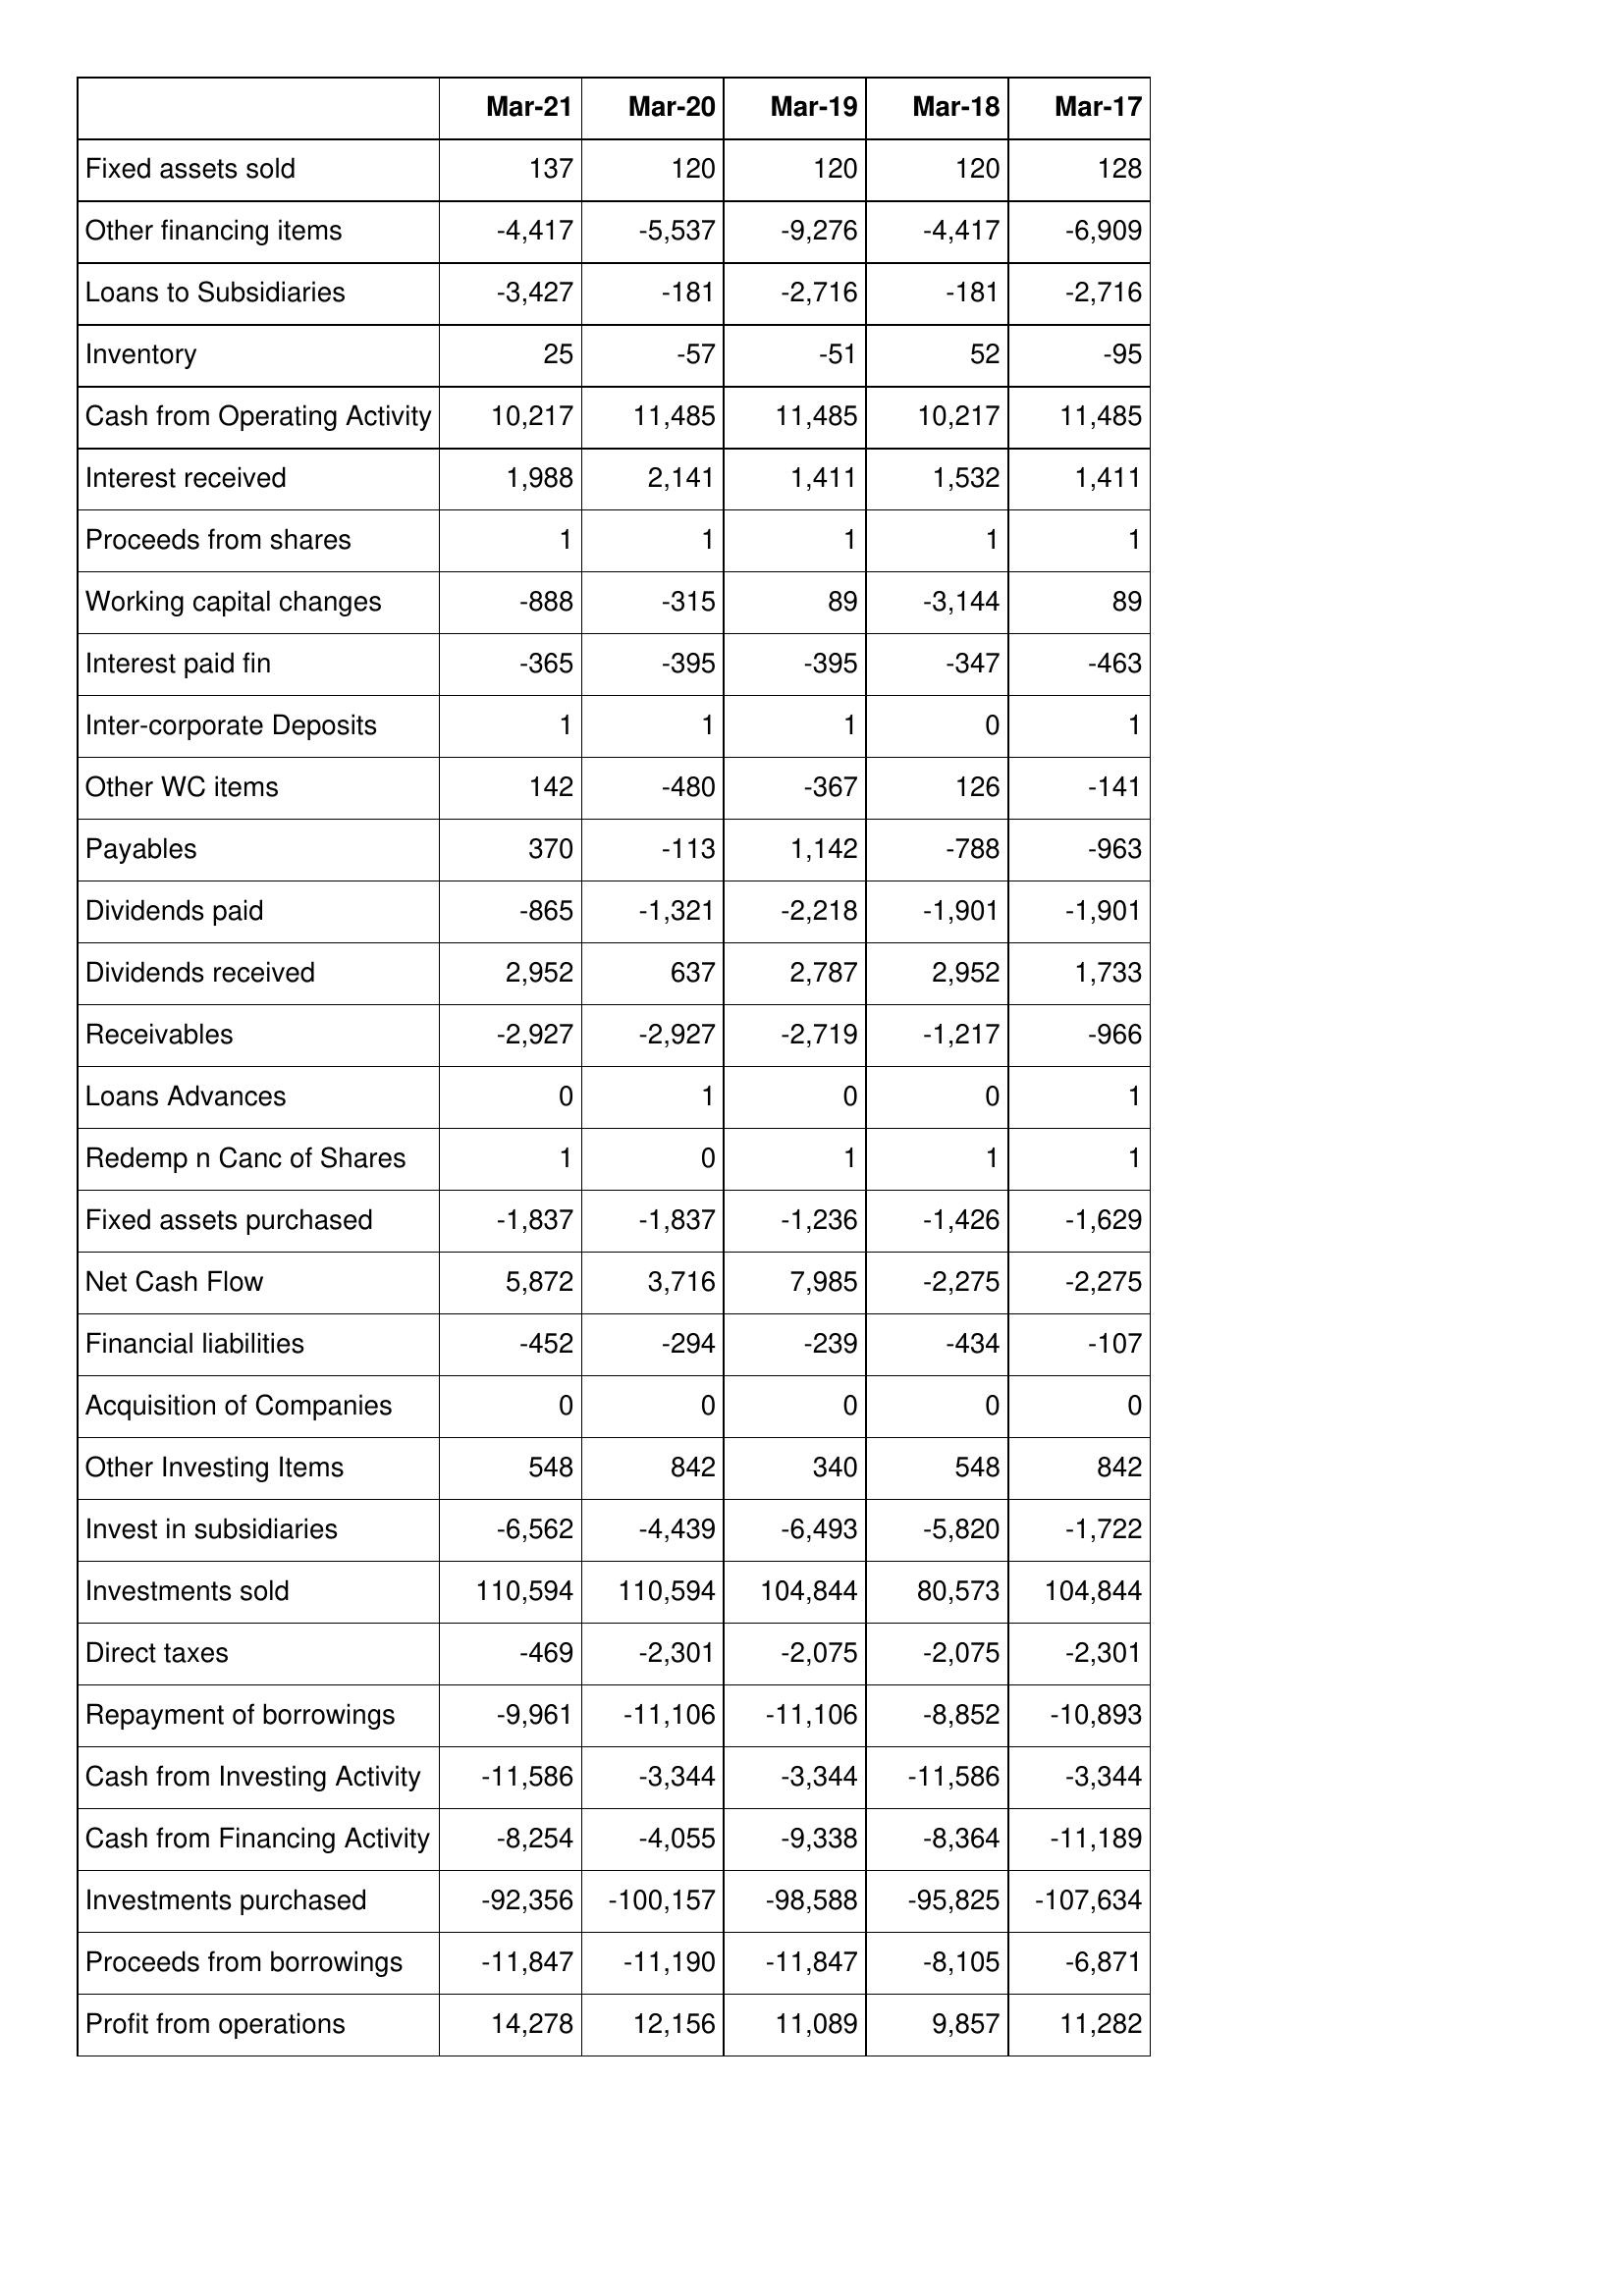
Mar-21: Cash Flows: Fixed assets sold: 137
Other financing items: -4,417
Loans to Subsidiaries: -3,427
Inventory: 25
Cash from Operating Activity: 10,217
Interest received: 1,988
Proceeds from shares: 1
Working capital changes: -888
Interest paid fin: -365
Inter-corporate Deposits: 1
Other WC items: 142
Payables: 370
Dividends paid: -865
Dividends received: 2,952
Receivables: -2,927
Loans Advances: 0
Redemp n Canc of Shares: 1
Fixed assets purchased: -1,837
Net Cash Flow: 5,872
Financial liabilities: -452
Acquisition of Companies: 0
Other Investing Items: 548
Invest in subsidiaries: -6,562
Investments sold: 110,594
Direct taxes: -469
Repayment of borrowings: -9,961
Cash from Investing Activity: -11,586
Cash from Financing Activity: -8,254
Investments purchased: -92,356
Proceeds from borrowings: -11,847
Profit from operations: 14,278
Mar-20: Cash Flows: Fixed assets sold: 120
Other financing items: -5,537
Loans to Subsidiaries: -181
Inventory: -57
Cash from Operating Activity: 11,485
Interest received: 2,141
Proceeds from shares: 1
Working capital changes: -315
Interest paid fin: -395
Inter-corporate Deposits: 1
Other WC items: -480
Payables: -113
Dividends paid: -1,321
Dividends received: 637
Receivables: -2,927
Loans Advances: 1
Redemp n Canc of Shares: 0
Fixed assets purchased: -1,837
Net Cash Flow: 3,716
Financial liabilities: -294
Acquisition of Companies: 0
Other Investing Items: 842
Invest in subsidiaries: -4,439
Investments sold: 110,594
Direct taxes: -2,301
Repayment of borrowings: -11,106
Cash from Investing Activity: -3,344
Cash from Financing Activity: -4,055
Investments purchased: -100,157
Proceeds from borrowings: -11,190
Profit from operations: 12,156
Mar-19: Cash Flows: Fixed assets sold: 120
Other financing items: -9,276
Loans to Subsidiaries: -2,716
Inventory: -51
Cash from Operating Activity: 11,485
Interest received: 1,411
Proceeds from shares: 1
Working capital changes: 89
Interest paid fin: -395
Inter-corporate Deposits: 1
Other WC items: -367
Payables: 1,142
Dividends paid: -2,218
Dividends received: 2,787
Receivables: -2,719
Loans Advances: 0
Redemp n Canc of Shares: 1
Fixed assets purchased: -1,236
Net Cash Flow: 7,985
Financial liabilities: -239
Acquisition of Companies: 0
Other Investing Items: 340
Invest in subsidiaries: -6,493
Investments sold: 104,844
Direct taxes: -2,075
Repayment of borrowings: -11,106
Cash from Investing Activity: -3,344
Cash from Financing Activity: -9,338
Investments purchased: -98,588
Proceeds from borrowings: -11,847
Profit from operations: 11,089
Mar-18: Cash Flows: Fixed assets sold: 120
Other financing items: -4,417
Loans to Subsidiaries: -181
Inventory: 52
Cash from Operating Activity: 10,217
Interest received: 1,532
Proceeds from shares: 1
Working capital changes: -3,144
Interest paid fin: -347
Inter-corporate Deposits: 0
Other WC items: 126
Payables: -788
Dividends paid: -1,901
Dividends received: 2,952
Receivables: -1,217
Loans Advances: 0
Redemp n Canc of Shares: 1
Fixed assets purchased: -1,426
Net Cash Flow: -2,275
Financial liabilities: -434
Acquisition of Companies: 0
Other Investing Items: 548
Invest in subsidiaries: -5,820
Investments sold: 80,573
Direct taxes: -2,075
Repayment of borrowings: -8,852
Cash from Investing Activity: -11,586
Cash from Financing Activity: -8,364
Investments purchased: -95,825
Proceeds from borrowings: -8,105
Profit from operations: 9,857
Mar-17: Cash Flows: Fixed assets sold: 128
Other financing items: -6,909
Loans to Subsidiaries: -2,716
Inventory: -95
Cash from Operating Activity: 11,485
Interest received: 1,411
Proceeds from shares: 1
Working capital changes: 89
Interest paid fin: -463
Inter-corporate Deposits: 1
Other WC items: -141
Payables: -963
Dividends paid: -1,901
Dividends received: 1,733
Receivables: -966
Loans Advances: 1
Redemp n Canc of Shares: 1
Fixed assets purchased: -1,629
Net Cash Flow: -2,275
Financial liabilities: -107
Acquisition of Companies: 0
Other Investing Items: 842
Invest in subsidiaries: -1,722
Investments sold: 104,844
Direct taxes: -2,301
Repayment of borrowings: -10,893
Cash from Investing Activity: -3,344
Cash from Financing Activity: -11,189
Investments purchased: -107,634
Proceeds from borrowings: -6,871
Profit from operations: 11,282